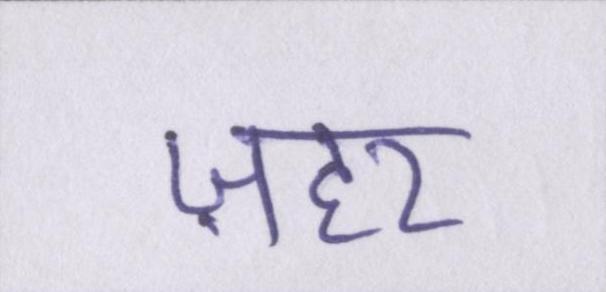
ज़हर